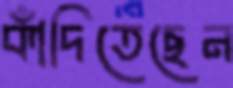
কাঁদিতেছেন